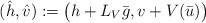
LaTeX: \begin{align*}(\hat h, \hat v):=\big(h+L_V \bar g, v+ V (\bar u)\big)\end{align*}